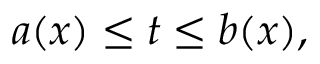
a ( x ) \leq t \leq b ( x ) ,